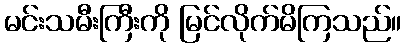
မင်းသမီးကြီးကို မြင်လိုက်မိကြသည်။